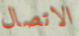
الاتصال